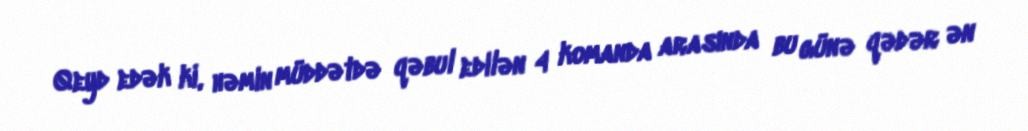
Qeyd edək ki, həmin müddətdə qəbul edilən 4 komanda arasında bu günə qədər ən